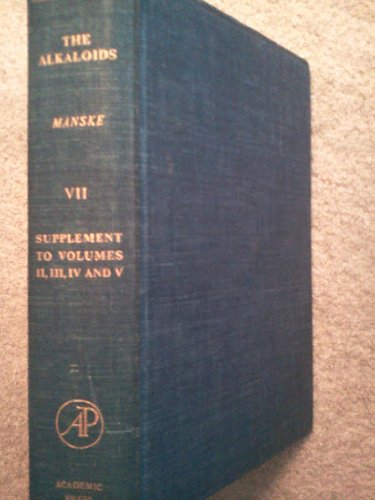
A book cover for The Alkaloids Chemistry an Physiology; Vol 7 Supplement to Vols. 2-5; Science & Math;